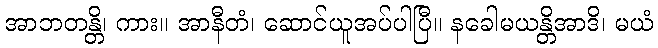
အာဘတန္တိ၊ ကား။ အာနီတံ၊ ဆောင်ယူအပ်ပါပြီ။ နခေါမယန္တိအာဒိ၊ မယံ